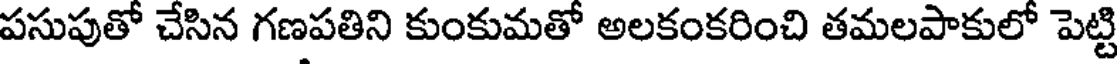
పసుపుతో చేసిన గణపతిని కుంకుమతో అలకంకరించి తమలపాకులో పెట్టి